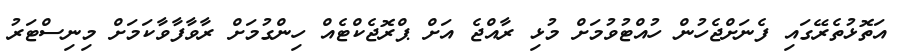
އަތޮޅުތެރޭގައި ފެނަށްޖެހުން ހުއްޓުވުމަށް މުޅި ރާއްޖެ އަށް ޕްރޮޖެކްޓެއް ހިންގުމަށް ރާވާފާވާކަމަށް މިނިސްޓަރު